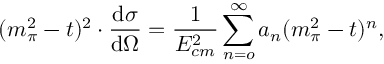
( m _ { \pi } ^ { 2 } - t ) ^ { 2 } \cdot \frac { \mathrm { d } \sigma } { \mathrm { d } \Omega } = \frac { 1 } { E _ { c m } ^ { 2 } } \sum _ { n = o } ^ { \infty } a _ { n } ( m _ { \pi } ^ { 2 } - t ) ^ { n } ,